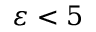
\varepsilon < 5